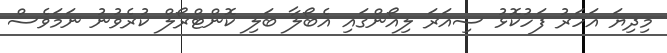
މިދިޔަ އަހަރު ފަހުކޮޅު ސިއަރަ ލިއޯންގައި އެބޯލާ ބަލި ކޮންޓްރޯލް ކުރެވުުނު ނަމަވެސް